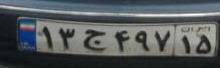
۱۳ج۴۹۷۱۵